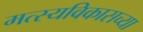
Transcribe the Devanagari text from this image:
मत्स्यविकासच्या